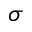
\sigma